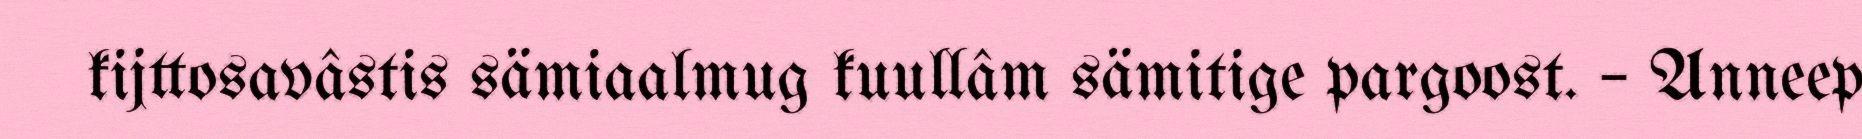
kijttosavâstis sämiaalmug kuullâm sämitige pargoost. – Anneep